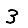
Digit: 3